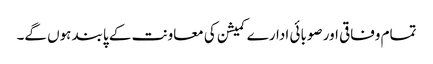
تمام وفاقی اور صوبائی ادارے کمیشن کی معاونت کے پابند ہوں گے۔